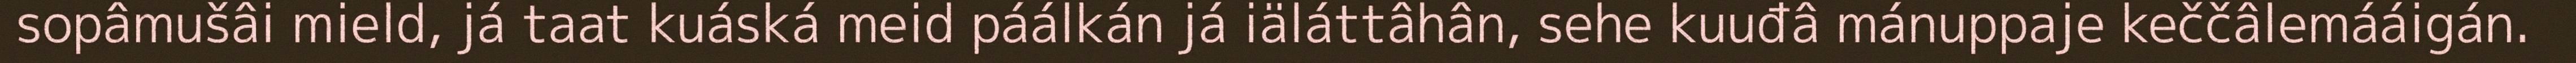
sopâmušâi mield, já taat kuáská meid páálkán já iäláttâhân, sehe kuuđâ mánuppaje keččâlemááigán.